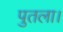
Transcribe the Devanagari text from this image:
पुतला।